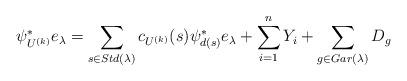
LaTeX: \begin{align*} \psi_{U^{(k)}}^*e_{\lambda}=\sum_{s\in Std(\lambda)}c_{U^{(k)}}(s)\psi_{d(s)}^* e_{\lambda}+\sum_{i=1}^{n} Y_i+\sum_{g\in Gar(\lambda)} D_g\end{align*}